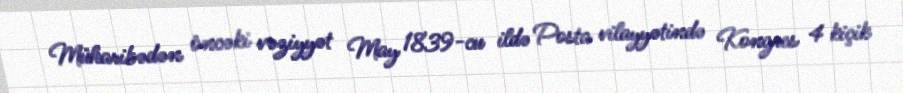
Müharibədən öncəki vəziyyət May 1839-cu ildə Posta vilayyətində Kongres 4 kiçik